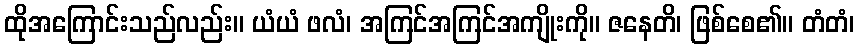
ထိုအကြောင်းသည်လည်း။ ယံယံ ဖလံ၊ အကြင်အကြင်အကျိုးကို။ ဇနေတိ၊ ဖြစ်စေ၏။ တံတံ၊